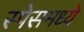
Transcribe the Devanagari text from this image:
स्पेसमध्ये